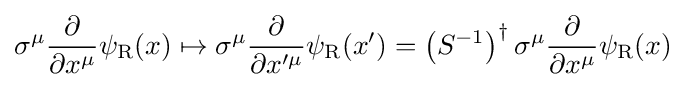
\sigma ^{\mu }{\frac {\partial }{\partial x^{\mu }}}\psi _{\rm {R}}(x)\mapsto \sigma ^{\mu }{\frac {\partial }{\partial x^{\prime \mu }}}\psi _{\rm {R}}(x^{\prime })=\left(S^{-1}\right)^{\dagger }\sigma ^{\mu }{\frac {\partial }{\partial x^{\mu }}}\psi _{\rm {R}}(x)